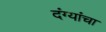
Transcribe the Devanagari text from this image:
दंग्यांचा